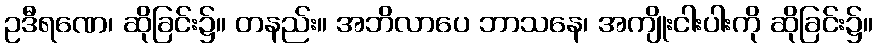
ဥဒီရဏေ၊ ဆိုခြင်း၌။ တနည်း။ အဘိလာပေ ဘာသနေ၊ အကျိုးငါးပါးကို ဆိုခြင်း၌။